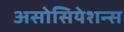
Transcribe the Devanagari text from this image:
असोसियेशन्स